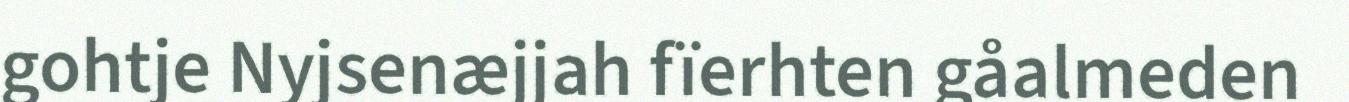
gohtje Nyjsenæjjah fïerhten gåalmeden